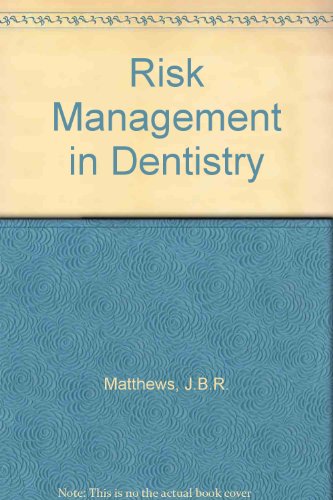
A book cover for Risk Management in Dentistry; J. B. R. Matthews; Medical Books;